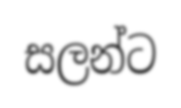
සලන්ට